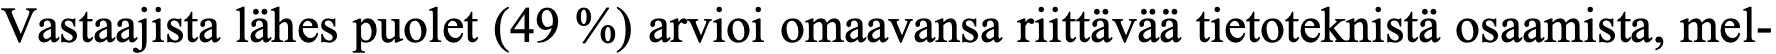
Vastaajista lähes puolet (49 %) arvioi omaavansa riittävää tietoteknistä osaamista, mel-